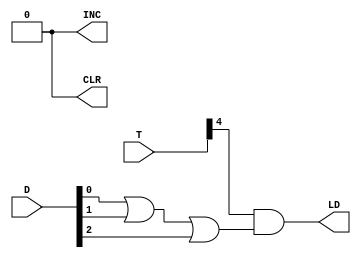
module DR_DESIGN(LD,INC,CLR,T, D);

	input [7:0] D;
	input [5:0] T;
	output LD,INC,CLR;
	wire o;
	assign o= D[0] | D[1] | D[2] ;
	
	assign LD = T[4] & o;
	assign INC = 0;
	assign CLR = 0;
	

endmodule